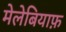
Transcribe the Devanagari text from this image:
मेलेबियाफ़